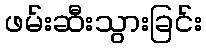
ဖမ်းဆီးသွားခြင်း